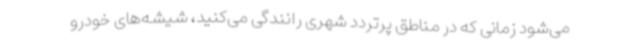
می‌شود زمانی که در مناطق پرتردد شهری رانندگی می‌کنید، شیشه‌های خودرو